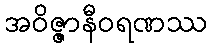
အဝိဇ္ဇာနီဝရဏဿ